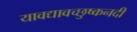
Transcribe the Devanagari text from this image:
यावद्यावच्छुष्कनदी